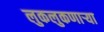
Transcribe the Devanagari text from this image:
लुकलुकणार्‍या